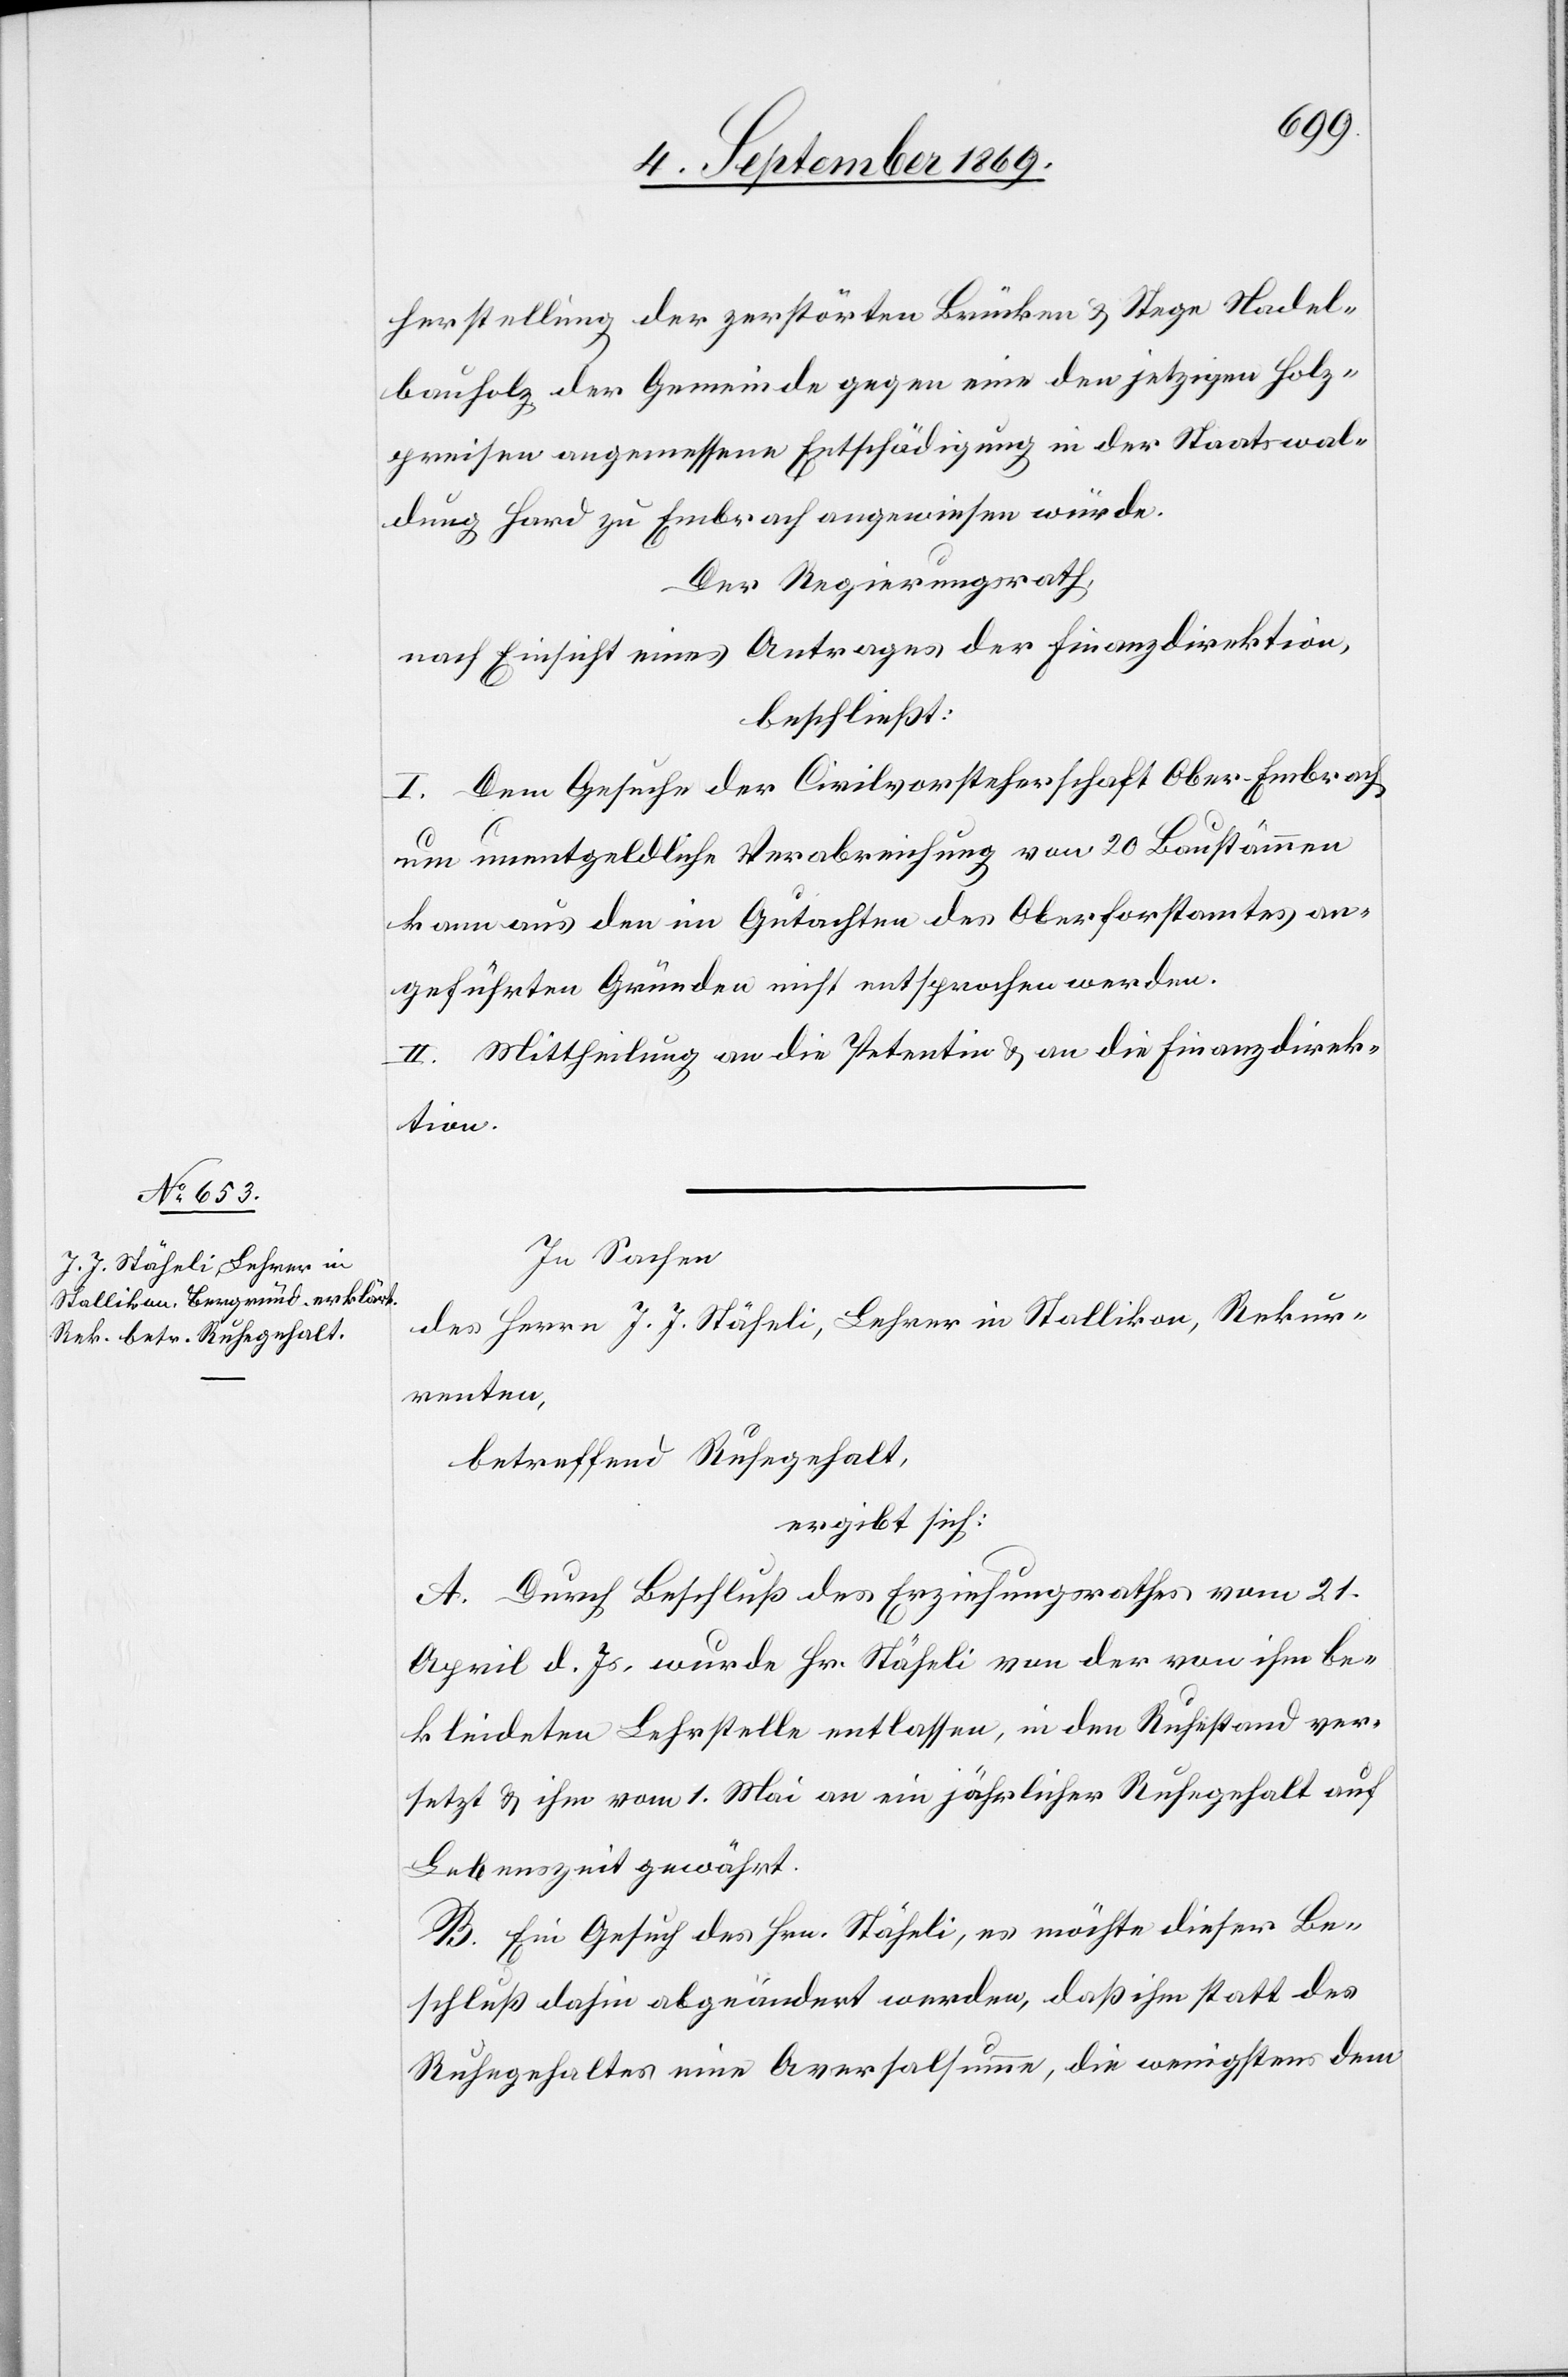
herstellung der zerstörten Brücken & Stege Nadel¬
bauholz [sic!] der Gemeinde gegen eine den jetzigen Holz¬
preisen angemessene Entschädigung in der Staatswal¬
dung Hard zu Embrach angewiesen würde.
Der Regierungsrath,
nach Einsicht eines Antrages der Finanzdirektion,
beschließt:
I. Dem Gesuche der Civilvorsteherschaft Ober-Embrach
um unentgeldliche Verabreichung von 20 Baustämmen
kann aus den im Gutachten des Oberforstamtes an¬
geführten Gründen nicht entsprochen werden.
II. Mittheilung an die Petentin & an die Finanzdirek¬
tion.
In Sachen
Herrn J. J. Stäheli, Lehrer in Stallikon, Rekur¬
des
renten,
betreffend Ruhegehalt,
ergibt sich:
A. Durch Beschluß des Erziehungsrathes vom 21.
April d. Js. wurde Hr. Stäheli von der von ihm be¬
kleideten Lehrstelle entlassen, in den Ruhestand ver¬
setzt & ihm vom 1. Mai an ein jährlicher Ruhegehalt auf
Lebenszeit gewährt.
B. Ein Gesuch des Hrn. Stäheli, es möchte dieser Be¬
schluß dahin abgeändert werden, daß ihm statt des
Ruhegehaltes eine Aversalsumme, die wenigstens dem